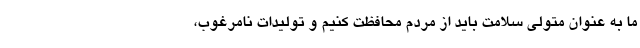
ما به عنوان متولی سلامت باید از مردم محافظت کنیم و تولیدات نامرغوب،